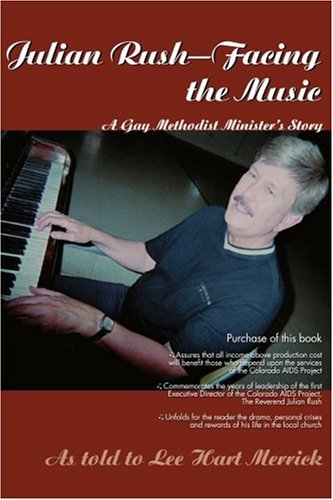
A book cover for Julian Rush-Facing the Music: A Gay Methodist Minister's Story; Lee Hart Merrick; Gay & Lesbian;